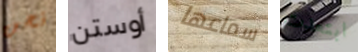
نحن أوستن سماعها ابتعدت